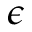
\epsilon